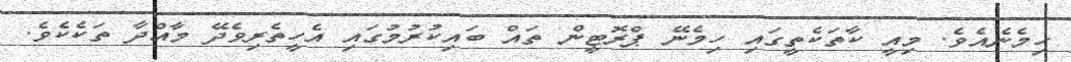
ހިމެނެއެވެ. މިއީ ކާތަކެތީގައި ހިމެނޭ ޕްރޮޓީން ތައް ބައިކުރުމުގައި އެހީތެރިވެދޭ މާއްދާ ތަކެކެވެ.